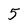
Character: 5